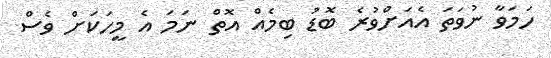
ހަމަވާ ނުވަތަ އެއަށްވުރެ ބޮޑު ބިމެއް އޮތް ނަމަ އެ މީހަކަށް ވެސް